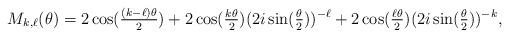
LaTeX: \begin{align*} M_{k,\ell}(\theta) = 2\cos(\tfrac{(k-\ell)\theta}{2}) +2\cos(\tfrac{k \theta}{2})(2i\sin(\tfrac{\theta}{2}))^{-\ell} + 2\cos(\tfrac{\ell \theta}{2})(2i\sin(\tfrac{\theta}{2}))^{-k},\end{align*}